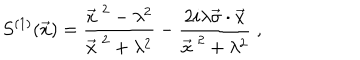
S ^ { ( 1 ) } ( \vec { x } ) = \frac { { \vec { x } \; } ^ { 2 } - \lambda ^ { 2 } } { { \vec { x } \; } ^ { 2 } + \lambda ^ { 2 } } - \frac { 2 i \lambda \vec { \sigma } \cdot \vec { x } } { { \vec { x } \; } ^ { 2 } + \lambda ^ { 2 } } \; ,